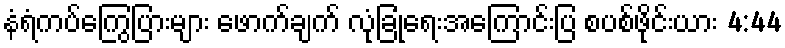
နံရံကပ်ကြွေပြားများ ဖောက်ချက် လုံခြုံရေးအကြောင်းပြ စပစ်ဖိုင်းယား 4:44